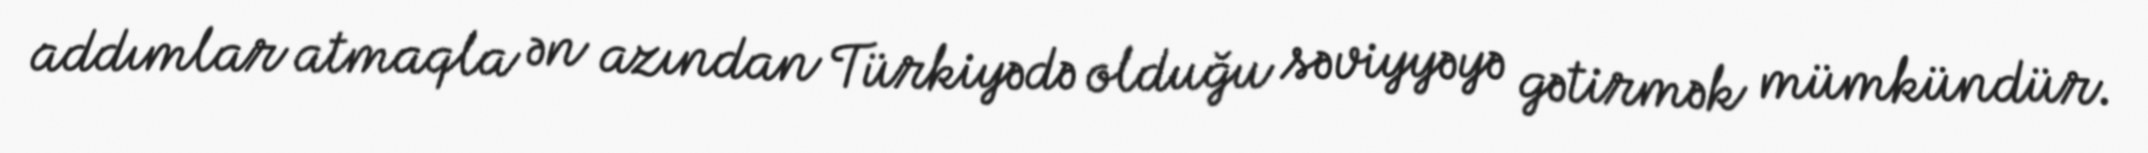
addımlar atmaqla ən azından Türkiyədə olduğu səviyyəyə gətirmək mümkündür.